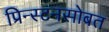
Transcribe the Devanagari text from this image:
प्रिन्स्टनसोबत